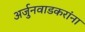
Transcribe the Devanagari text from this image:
अर्जुनवाडकरांना